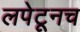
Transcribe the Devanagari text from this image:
लपेटूनच